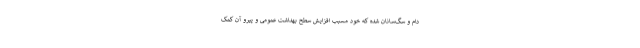
دام و سگ‌سانان شده که خود مسبب افزایش سطح بهداشت عمومی و پیرو آن کمک